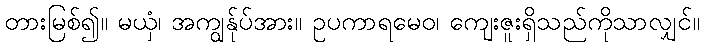
တားမြစ်၍။ မယှံ၊ အကျွန်ုပ်အား။ ဥပကာရမေဝ၊ ကျေးဇူးရှိသည်ကိုသာလျှင်။